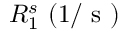
R _ { 1 } ^ { s } ~ ( 1 / \mathrm { ~ s ~ } )